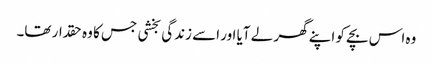
وہ اس بچے کو اپنے گھر لے آیا اور اسے زندگی بخشی جس کا وہ حقدار تھا۔